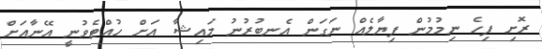
ރޮށި ފިހެ ނިމުމުން ފިޔާލެއް ނަގަން އެނބުރުނު މައިޝާ އަށް ހުއްޓެވުނީ އޭނާއަށް